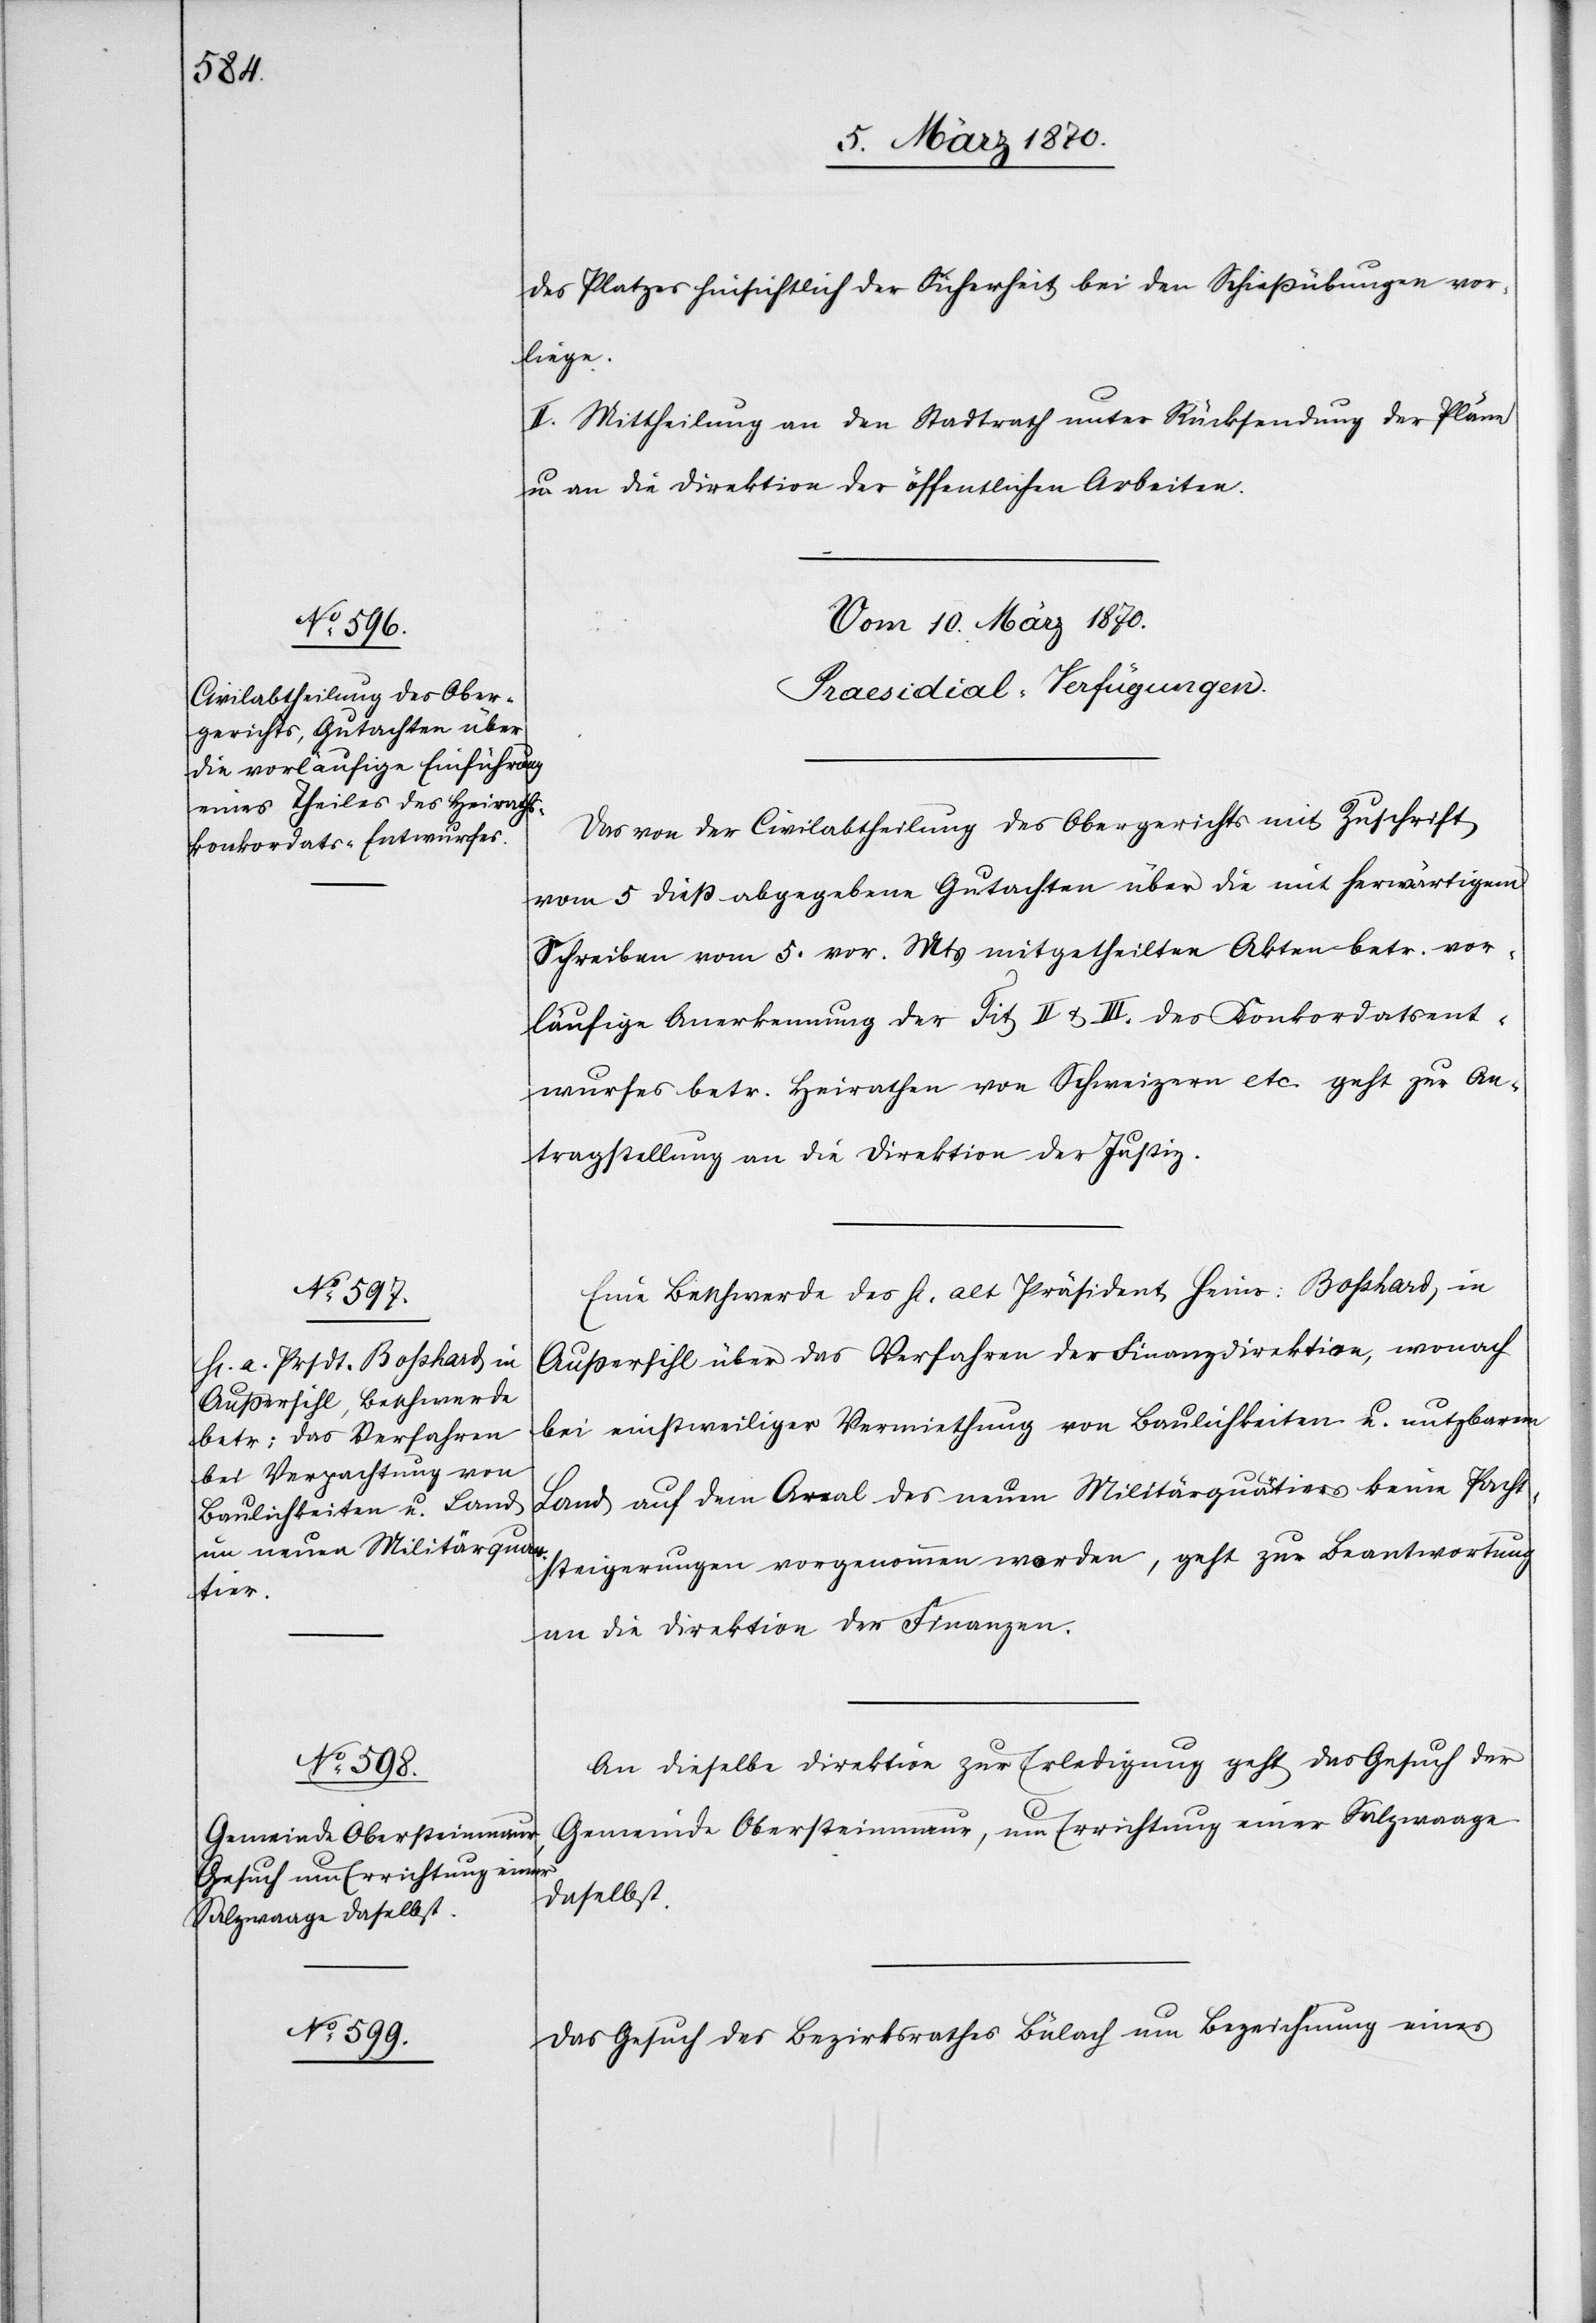
des Platzes hinsichtlich der Sicherheit bei den Schießübungen vor¬
liege.
II. Mittheilung an den Stadtrath unter Rücksendung der Pläne
u. an die Direktion der öffentlichen Arbeiten.
[Vom 10. März 1870.
Praesidial-Verfügungen.]
Das von der Civilabtheilung des Obergerichts mit Zuschrift
vom 5 dieß abgegebene Gutachten über die mit herwärtigem
Schreiben vom 5. vor. Mts mitgetheilten Akten betr. vor¬
läufige Anerkennung der Tit II & III des Konkordatsent¬
wurfes betr. Heirathen von Schweizern etc. geht zur An¬
tragstellung an die Direktion der Justiz.
Eine Beschwerde des H. alt Präsident Heinr: Bosshard, in
Außersihl über das Verfahren der Finanzdirektion, wonach
bei einstweiliger Vermiethung von Baulichkeiten u. nutzbarem
Land auf dem Areal des neuen Militärquaa-r-atiers keine Pacht¬
steigerungen vorgenommen w[?o]rden, geht zu Beantwortung
an die Direktion der Finanzen.
An dieselbe Direktion zur Erledigung geht das Gesuch der
Gemeinde Obersteinmaur, um Errichtung einer Salzwaage.
Das Gesuch des Bezirksrathes Bülach um Bezeichnung eines